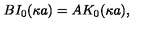
B I _ { 0 } ( \kappa a ) = A K _ { 0 } ( \kappa a ) ,